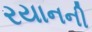
રયાનની